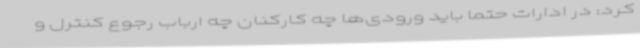
کرد: در ادارات حتما باید ورودی‌ها چه کارکنان چه ارباب رجوع کنترل و